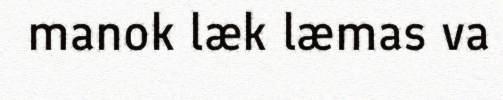
manok læk læmas va